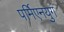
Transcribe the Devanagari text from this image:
पर्मिएनयुग